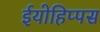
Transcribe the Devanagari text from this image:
ईयोहिप्पस